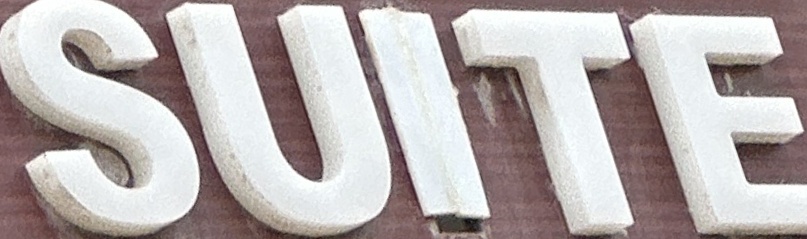
SUITE